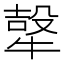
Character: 𭷮